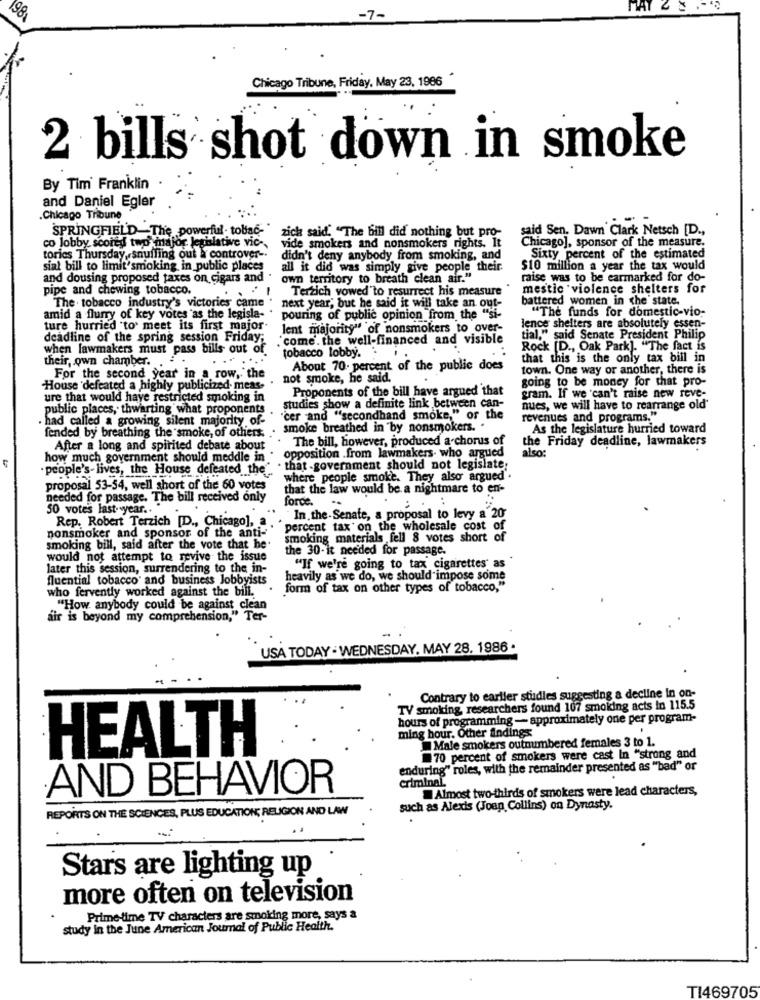
7-
Chicago Tribune, Friday, May 23, 1986
2 bills shot down in smoke
By Tim Franklin
and Daniel Egler
.Chicago Tribune
SPRINGFIELD-The powerful- tobiać-"
zick said. "The bill did nothing but pro-
said Sen. Dawn Clark Netsch [D .,
co lobby scored two major legislative vic-
Chicago], sponsor of the measure.
vide smokers and nonsmokers rights. It
tories Thursday, snuffing out & controver -.
didn't deny anybody from smoking, and
Sixty percent of the estimated
sial bill to limit'smoking in public places
all it did was simply give people their
$10 million a year the tax would
and dousing proposed taxes on cigars and .
own territory to breath clean air."
raise was to be earmarked for do-
pipe and chewing tobacco.
.:
Terzich vowed"to resurrect his measure
mestic violence shelters for
The . tobacco industry's victories came
battered women in the state.
next year, but he said it will take an out-
"The funds for domestic-vio-
amid a flurry of key votes as the legisla-
pouring of public opinion from the "si-
ture hurried "to meet its first major-
lent majority" of nonsmokers to over-
lence shelters are absolutely essen-
deadline of the spring session Friday;
.come. the well-financed and visible
tial," said Senate President Philip
when lawmakers must pass bills out of.
Rock [D ., Oak Park]. "The fact is
their own chamber. .
tobacco lobby.
that this is the only tax bill in
About 70. percent of the public does
town. One way or another, there is
For the second year in a row, the
. not smoke, he said.
going to be money for that pro-
House 'defeated a highly publicized meas-
Proponents of the bill have argued that
ure that would have restricted smoking in
gram. If we can't raise new reve-
public places, thwarting what proponents
studies show a definite link between can-
ques, we will have to rearrange old'
. had called a growing silent majority of- "'cer and "secondhand smoke," of the
revenues and programs."
fended by breathing the smoke, of others. ..
smoke breathed in by nonsmokers.
As the legislature hurried toward
The bill, however, produced a chorus of
the Friday deadline, lawmakers
how much government should meddle in . opposition .from lawmakers- who argued
After a long and spirited debate about
also:
. people's- lives, the House defeated the"
. that -government should not legislate;
where people smoke. They also argued .
proposal 53-54, well short of the 60 votes
that the law would be a nightmare to en-
needed for passage. The bill received only
force.
50 votes last year ..
Rep. Robert Terzich [D ., Chicago],
In. the-Senate, a proposal to levy a 20
nonsmoker and sponsor of the anti-
percent tax on the wholesale cost of
smoking materials fell 8 votes short of
smoking bill, said after the vote that he.
the 30-it needed for passage.
would not attempt to revive the issue
later this session, surrendering to the in-
"If we're going to tax cigarettes' as
fluential tobacco and business Jobbyists
heavily as we do, we should impose some
who fervently worked against the bill.
form of tax on other types of tobacco,"
."How anybody could be against clean
air is beyond my comprehension," Ter-
USA TODAY - WEDNESDAY, MAY 28. 1986 .
Contrary to earlier studies suggesting a decline in on-
TV smoking researchers found 107 smoking acts in 115.5
hours of programming -- approximately one per program-
ming hour. Other findings
Male smokers outnumbered females 3 to 1.
HEALTH
70 percent of smokers were cast In "strong and
enduring" roles, with the remainder presented as "bad" or
criminal.
AND BEHAVIOR
Almost two-thirds of smokers were lead characters,
REPORTS ON THE SCIENCES, PLUS EDUCATION; RELIGION AND LAW
such as Alexis (Joan Collins) on Dynasty.
Stars are lighting up
more often on television
Prime-time TV characters are smoking more, says a
study in the June American Journal of Public Health.
TI469705